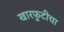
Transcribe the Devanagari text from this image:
खारफुटीचा